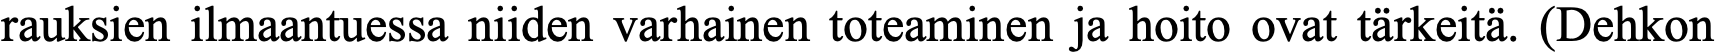
rauksien ilmaantuessa niiden varhainen toteaminen ja hoito ovat tärkeitä. (Dehkon